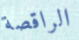
الراقصة